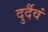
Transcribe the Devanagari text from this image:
दुर्दैवं